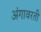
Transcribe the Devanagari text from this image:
अंगावरती